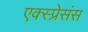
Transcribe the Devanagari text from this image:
एक्स्प्रेसंस